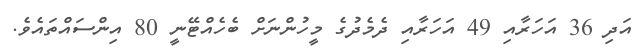
އަދި 36 އަހަރާއި 49 އަހަރާއި ދެމެދުގެ މީހުންނަށް ބެހެއްޓޭނީ 80 އިންސައްތައެވެ.